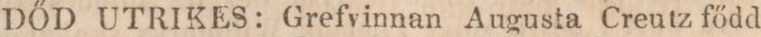
DŐD UTRIKES: Grefvinnan Augusta Creutz fődd